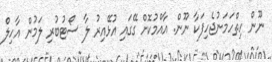
ނޫން ހިތްހަމަނުޖެހިފަކާ ނޫން. އާއްމުކޮށް ގޭގައި އުޅޭއިރު ލާ ސޯޓުބުރި ލަމުން އާހިލް